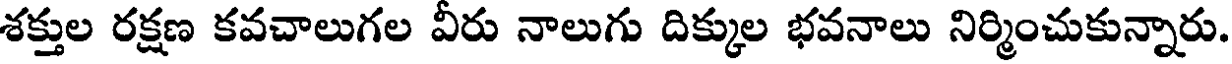
శక్తుల రక్షణ కవచాలుగల వీరు నాలుగు దిక్కుల భవనాలు నిర్మించుకున్నారు.